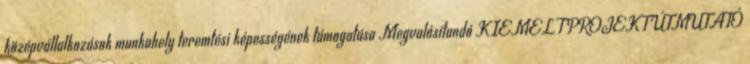
középvállalkozások munkahely teremtési képességének támogatása Megvalósítandó KIEMELT PROJEKT ÚTMUTATÓ